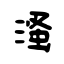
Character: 溞